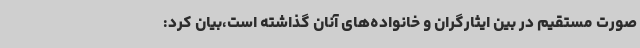
صورت مستقیم در بین ایثارگران و خانواده‌های آنان گذاشته است،بیان کرد: